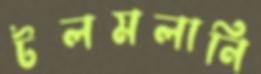
টলমলানি